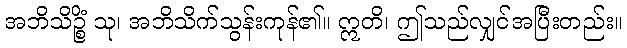
အဘိသိဉ္စိံ သု၊ အဘိသိက်သွန်းကုန်၏။ ဣတိ၊ ဤသည်လျှင်အပြီးတည်း။